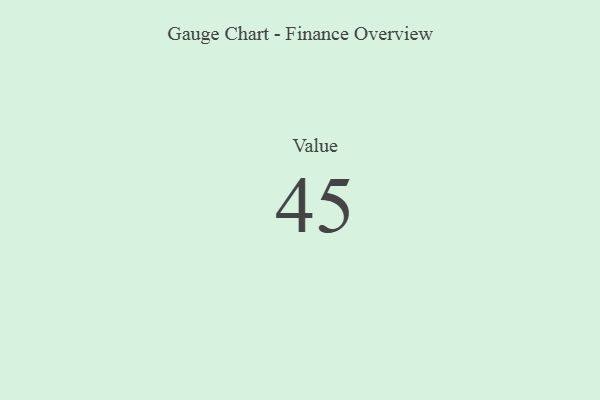
{"axis": {"x": "Metric", "y": "Value"}, "legend": [""], "data": [{"x": "Value", "y": 45, "type": ""}]}